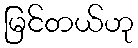
မြင်တယ်ဟု